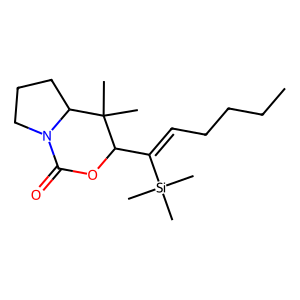
SMILES: CCCCC=C(C1OC(=O)N2CCCC2C1(C)C)[Si](C)(C)C
Inhibits HIV replication: No